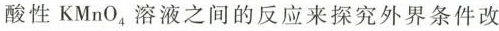
酸性KMnO_{4}溶液之间的反应来探究外界条件改